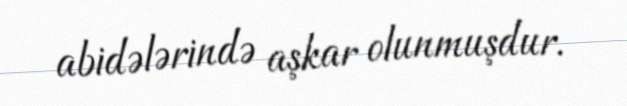
abidələrində aşkar olunmuşdur.